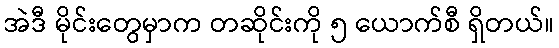
အဲဒီ မိုင်းတွေမှာက တဆိုင်းကို ၅ ယောက်စီ ရှိတယ်။